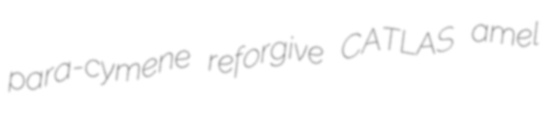
para-cymene reforgive CATLAS amel